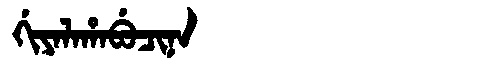
Manchu: ᡤᡳᠶᠠᠯᠠᡥᠠᠪᡠᠴᡳᠨᠠ
Romanization: GIYALAHABUCINA